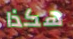
هكذا